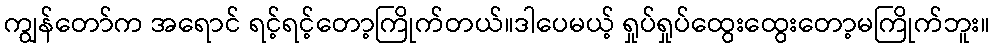
ကျွန်တော်က အရောင် ရင့်ရင့်တော့ကြိုက်တယ်။ဒါပေမယ့် ရှုပ်ရှုပ်ထွေးထွေးတော့မကြိုက်ဘူး။